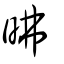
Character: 昲